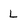
Character: L